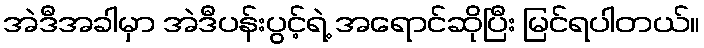
အဲဒီအခါမှာ အဲဒီပန်းပွင့်ရဲ့ အရောင်ဆိုပြီး မြင်ရပါတယ်။